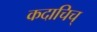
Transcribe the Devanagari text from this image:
कदाचिच्